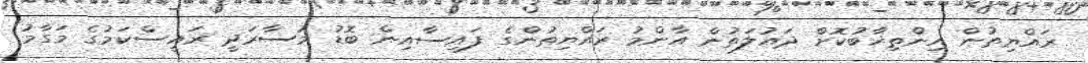
ރައްޔިތުން އިންތިޚާބުކޮށް ދައުލަތުން އާންމު ރައްޔިތުންގެ ފައިސާއިން ބޮޑު މުސާރަދީ ރައީސްކަމުގެ މަގާމު